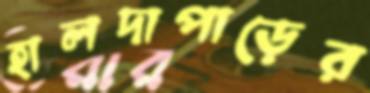
হালদাপাড়ের